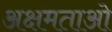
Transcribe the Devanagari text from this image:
अक्षमताओ